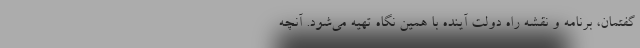
گفتمان، برنامه و نقشه راه دولت آینده با همین نگاه تهیه می‌شود. آنچه